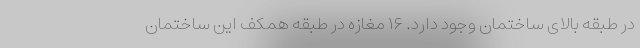
در طبقه بالای ساختمان وجود دارد. ۱۶ مغازه در طبقه همکف این ساختمان